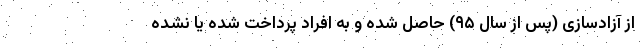
از آزادسازی (پس از سال ۹۵) حاصل شده و به افراد پرداخت شده یا نشده